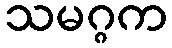
သမဂ္ဂက